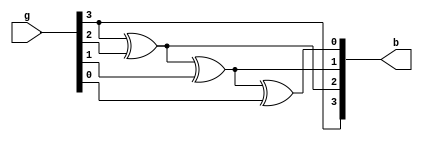
module gray2bin_4(input[3:0]g, output[3:0]b);    
    assign b[3] = g[3];
    assign b[2] = b[3]^g[2];
    assign b[1] = b[2]^g[1];
    assign b[0] = b[1]^g[0];
endmodule